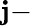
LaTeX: \mathbf{j}-